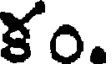
కం.